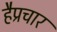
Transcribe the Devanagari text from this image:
हैप्रचार